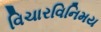
વિચારવિનિમય